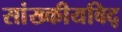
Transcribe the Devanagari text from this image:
सांख्कीयविद्